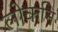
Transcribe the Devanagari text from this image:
लोकनि